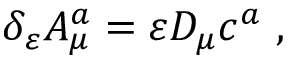
\delta _ { \varepsilon } A _ { \mu } ^ { a } = \varepsilon D _ { \mu } c ^ { a } ~ ,